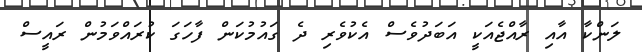
ލަންކާ އާއި ރާއްޖެއަކީ އަބަދުވެސް އެކުވެރި ދެ ގައުމުކަން ފާހަގަ ކުރައްވަމުން ރައީސް